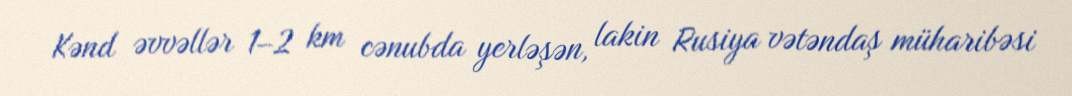
Kənd əvvəllər 1–2 km cənubda yerləşən, lakin Rusiya vətəndaş müharibəsi